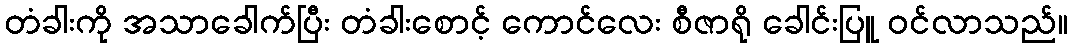
တံခါးကို အသာခေါက်ပြီး တံခါးစောင့် ကောင်လေး စီဇာရို ခေါင်းပြူ ဝင်လာသည်။